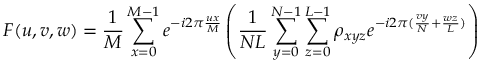
F ( u , v , w ) = \frac { 1 } { M } \sum _ { x = 0 } ^ { M - 1 } e ^ { - i 2 \pi \frac { u x } { M } } \left( \frac { 1 } { N L } \sum _ { y = 0 } ^ { N - 1 } \sum _ { z = 0 } ^ { L - 1 } \rho _ { x y z } e ^ { - i 2 \pi ( \frac { v y } { N } + \frac { w z } { L } ) } \right)